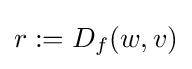
r:=D_{f}(w,v)